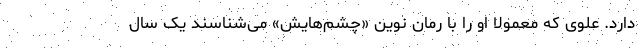
دارد. علوی که معمولا او را با رمان نوین «چشم‌هایش» می‌شناسند یک سال